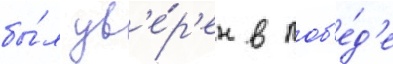
бы́л ув'е́р'ен в поб'е́д'е